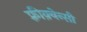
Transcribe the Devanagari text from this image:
फ़्रीक़्वेन्सी